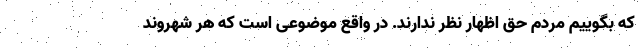
که بگوییم مردم حق اظهار نظر ندارند. در واقع موضوعی است که هر شهروند